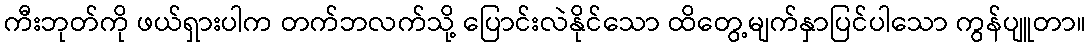
ကီးဘုတ်ကို ဖယ်ရှားပါက တက်ဘလက်သို့ ပြောင်းလဲနိုင်သော ထိတွေ့မျက်နှာပြင်ပါသော ကွန်ပျူတာ။